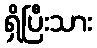
ရှိပြီးသား